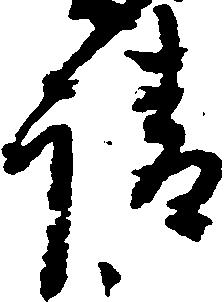
請